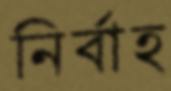
নির্বাহ